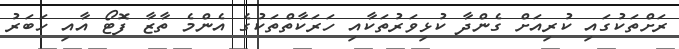
ރަށްތަކުގައި ކުރިއަށް ގެންދާ ކުޅިވަރުތަކާއި ހަރަކާތްތަކުގެ އެންމެ ތާޒާ ފޮޓޯ އާއި ހަބަރު